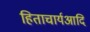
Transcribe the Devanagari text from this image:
हिताचार्यआदि